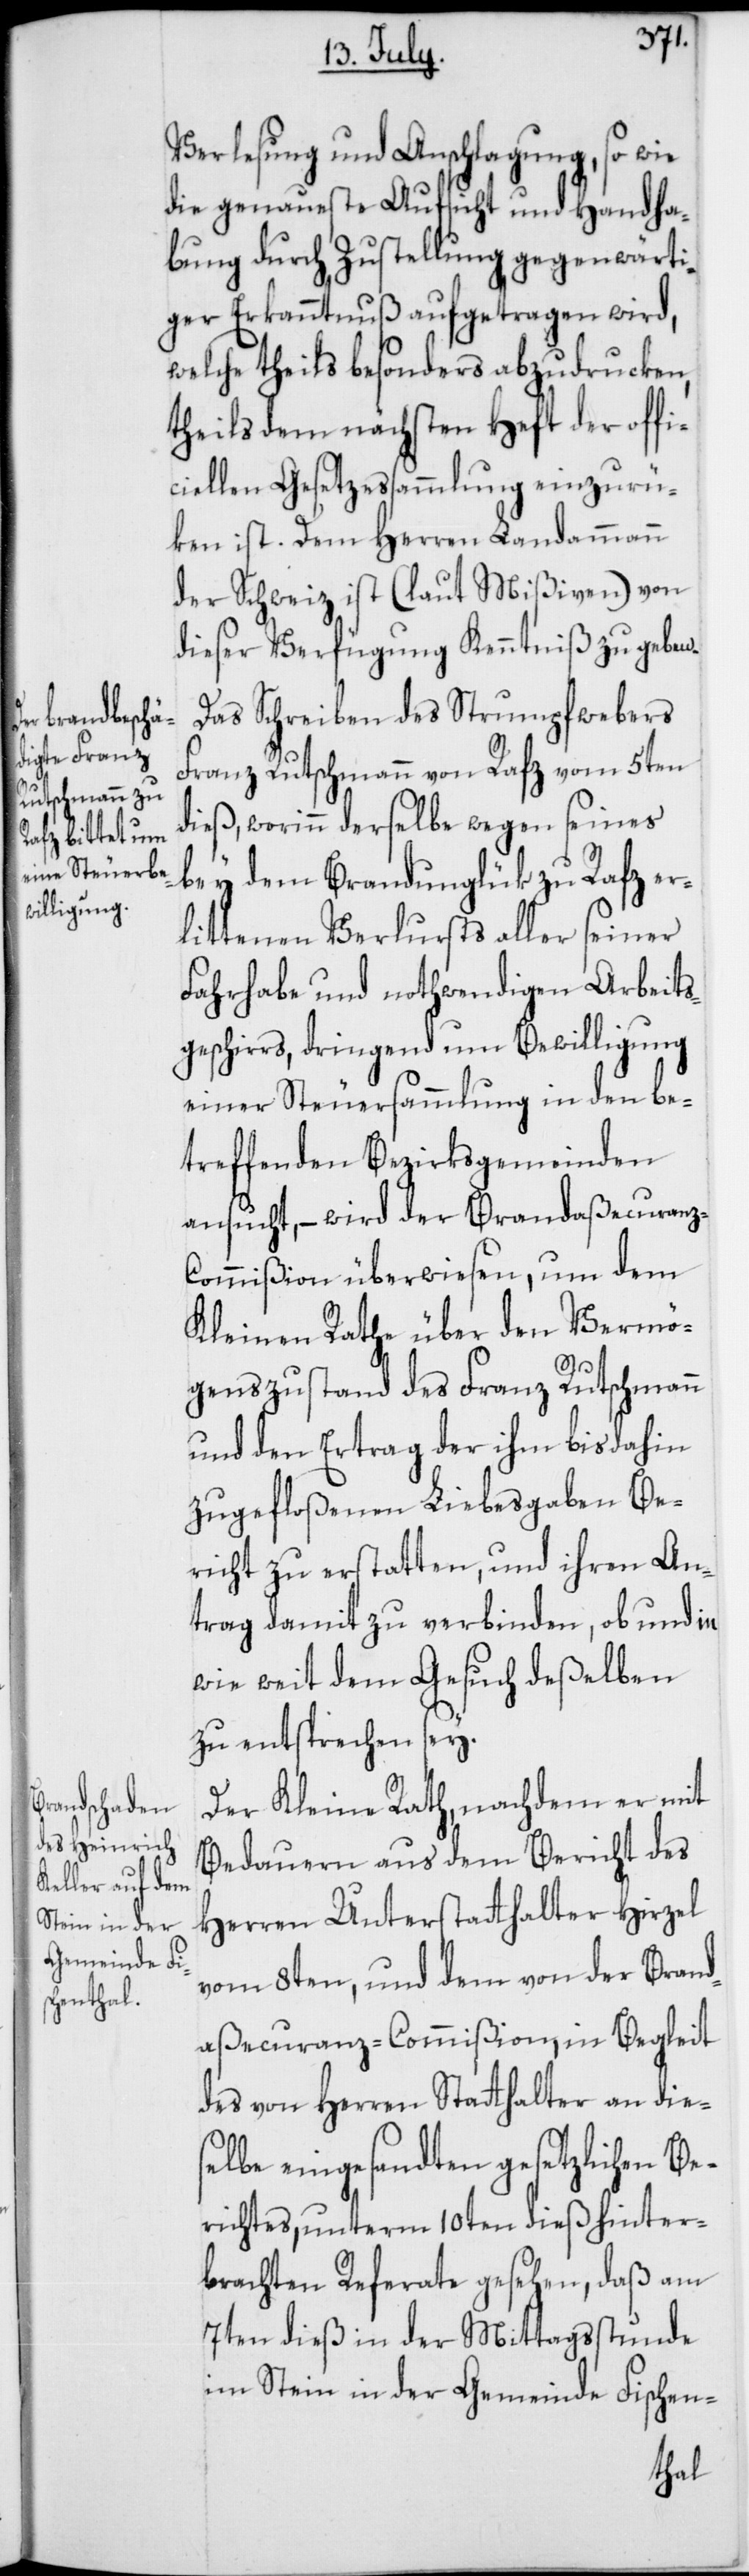
Verlesung und Anschlagung, so wie
die genaueste Aufsicht und Handha¬
bung durch Zustellung gegenwärti¬
ger Erkanntnuß aufgetragen wird,
welche theils besonders abzudrucken,
theils dem nächsten Heft der offi¬
ciellen Gesetzeßammlung einzurü¬
ken ist. Dem Herren Landammann
der Schweiz ist (laut Mißiven) von
dieser Verfügung Kenntniß zu geben.
Das Schreiben des Strumpfwebers
Franz Rutschmann von Rafz vom 5ten
dieß, worinn derselbe wegen seines
bey dem Brandunglük zu Rafz er¬
littenen Verlusts aller seiner
Fahrhabe und nothwendigen Arbeits¬
geschirrs, dringend um Bewilligung
einer Steuersammlung in den be¬
treffenden Bezirksgemeinden
ansucht, – wird der Brandaßecuranz-C¬
ommißion überwiesen, um dem
Kleinen Rathe über den Vermö¬
genszustand des Franz Rutschmann
und den Ertrag der ihm bis dahin
zugefloßenen Liebesgaben Be¬
richt zu erstatten, und ihren An¬
trag damit zu verbinden, ob und in
wie weit dem Gesuch deßelben
zu entsprechen sey.
Der Kleine Rath, nachdem er mit
Bedauern aus dem Bericht des
Herren Unterstatthalter Hirzel
vom 8ten, und dem von der Brand¬
aßecuranz-Commißion, in Begleit
des von Herren Stathalter an dies¬
elbe eingesandten gesetzlichen Be¬
richtes, unterm 10ten dieß hinter¬
brachten Referate gesehen, daß am
7ten dieß in der Mittagsstunde
im Stein in der Gemeinde Fischen-